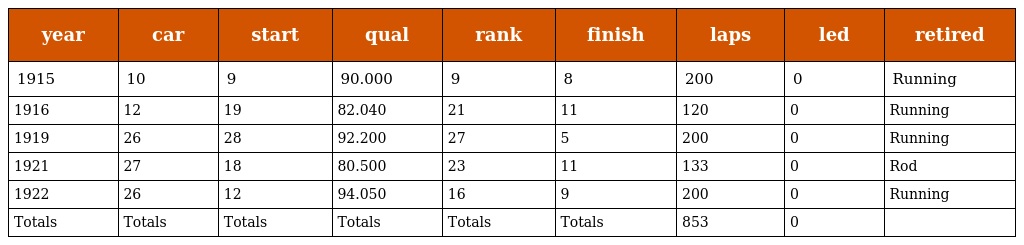
| year | car | start | qual | rank | finish | laps | led | retired |
 | --- | --- | --- | --- | --- | --- | --- | --- | --- |
 | 1915 | 10 | 9 | 90.000 | 9 | 8 | 200 | 0 | Running |
 | 1916 | 12 | 19 | 82.040 | 21 | 11 | 120 | 0 | Running |
 | 1919 | 26 | 28 | 92.200 | 27 | 5 | 200 | 0 | Running |
 | 1921 | 27 | 18 | 80.500 | 23 | 11 | 133 | 0 | Rod |
 | 1922 | 26 | 12 | 94.050 | 16 | 9 | 200 | 0 | Running |
 | Totals | Totals | Totals | Totals | Totals | Totals | 853 | 0 |  |